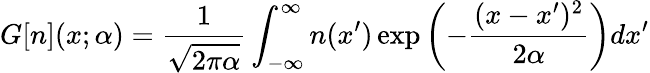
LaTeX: G[n](x;\alpha)=\frac{1}{\sqrt{2\pi\alpha}}\int_{-\infty}^{\infty}n(x^{\prime})\exp\left(-\frac{(x-x^{\prime})^{2}}{2\alpha}\right)dx^{\prime}